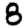
Digit: 8